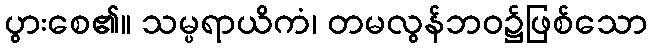
ပွားစေ၏။ သမ္ပရာယိကံ၊ တမလွန်ဘဝ၌ဖြစ်သော